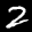
Label: 2